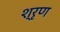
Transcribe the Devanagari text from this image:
श्रृण